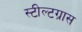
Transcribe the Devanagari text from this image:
स्टील्टग्रास